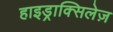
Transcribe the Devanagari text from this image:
हाइड्राक्सिलेज़